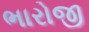
ભારોજી